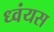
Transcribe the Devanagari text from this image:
ध्वंयस